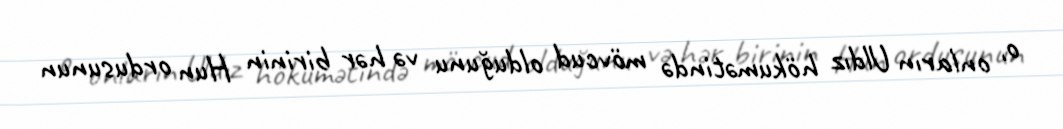
o, onların Uldız hökumətində mövcud olduğunu və hər birinin Hun ordusunun